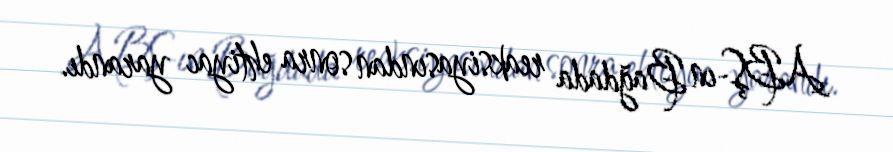
ABŞ-ın Bağdada reaksiyasından sonra ehtiyac yarandı.